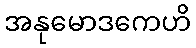
အနုမောဒကေဟိ